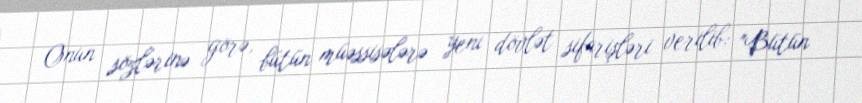
Onun sözlərinə görə, bütün müəssisələrə yeni dövlət sifarişləri verilib: "Bütün